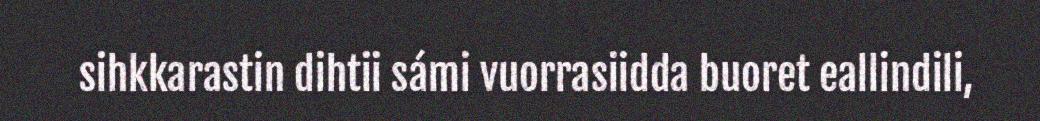
sihkkarastin dihtii sámi vuorrasiidda buoret eallindili,